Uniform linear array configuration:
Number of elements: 4
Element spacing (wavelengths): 1
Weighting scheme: cosine
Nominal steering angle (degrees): -60
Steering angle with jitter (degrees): -59.691
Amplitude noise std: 0.05
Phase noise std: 0.05

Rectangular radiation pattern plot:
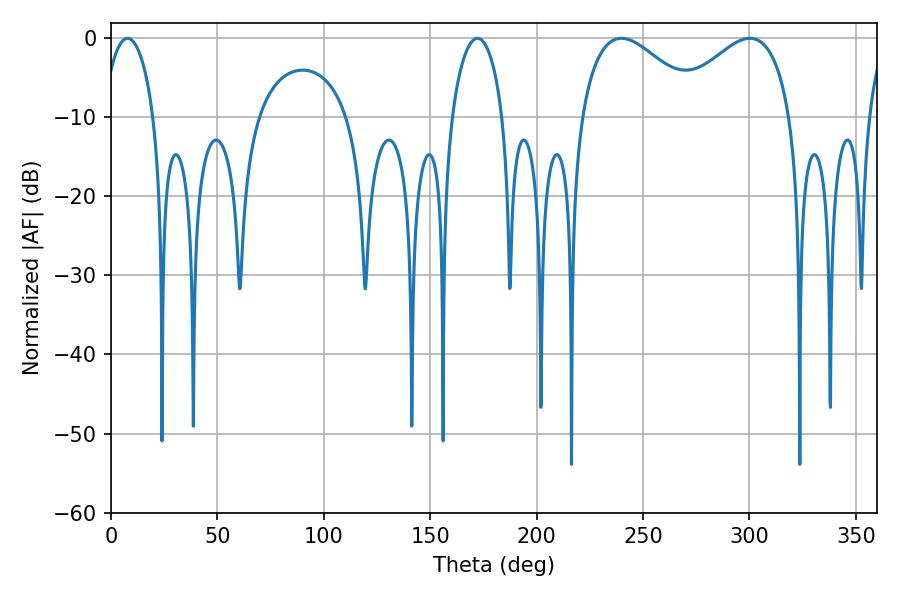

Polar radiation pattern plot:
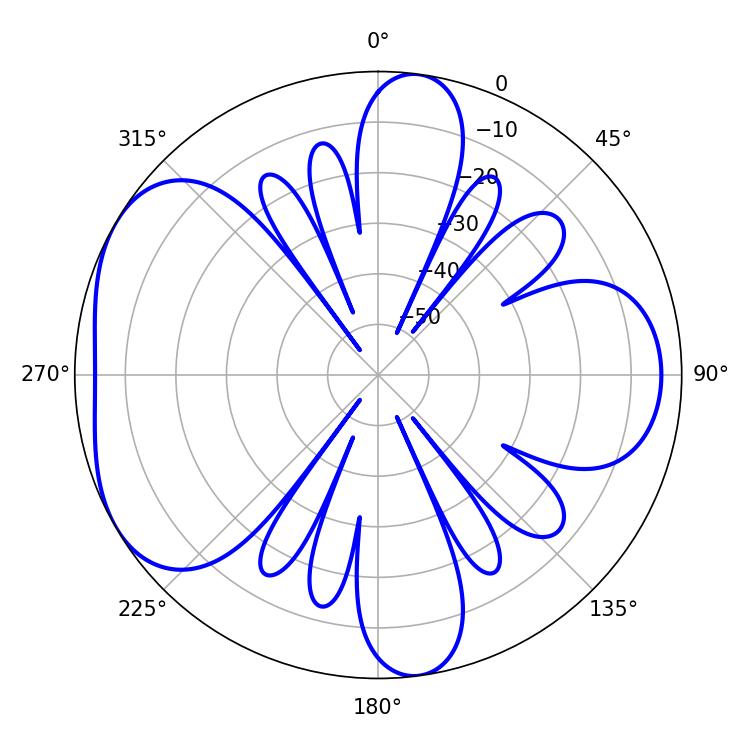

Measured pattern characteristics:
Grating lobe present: TRUE
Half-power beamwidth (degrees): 31.14
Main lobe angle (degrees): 239.76